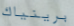
برينياك